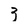
Character: 3